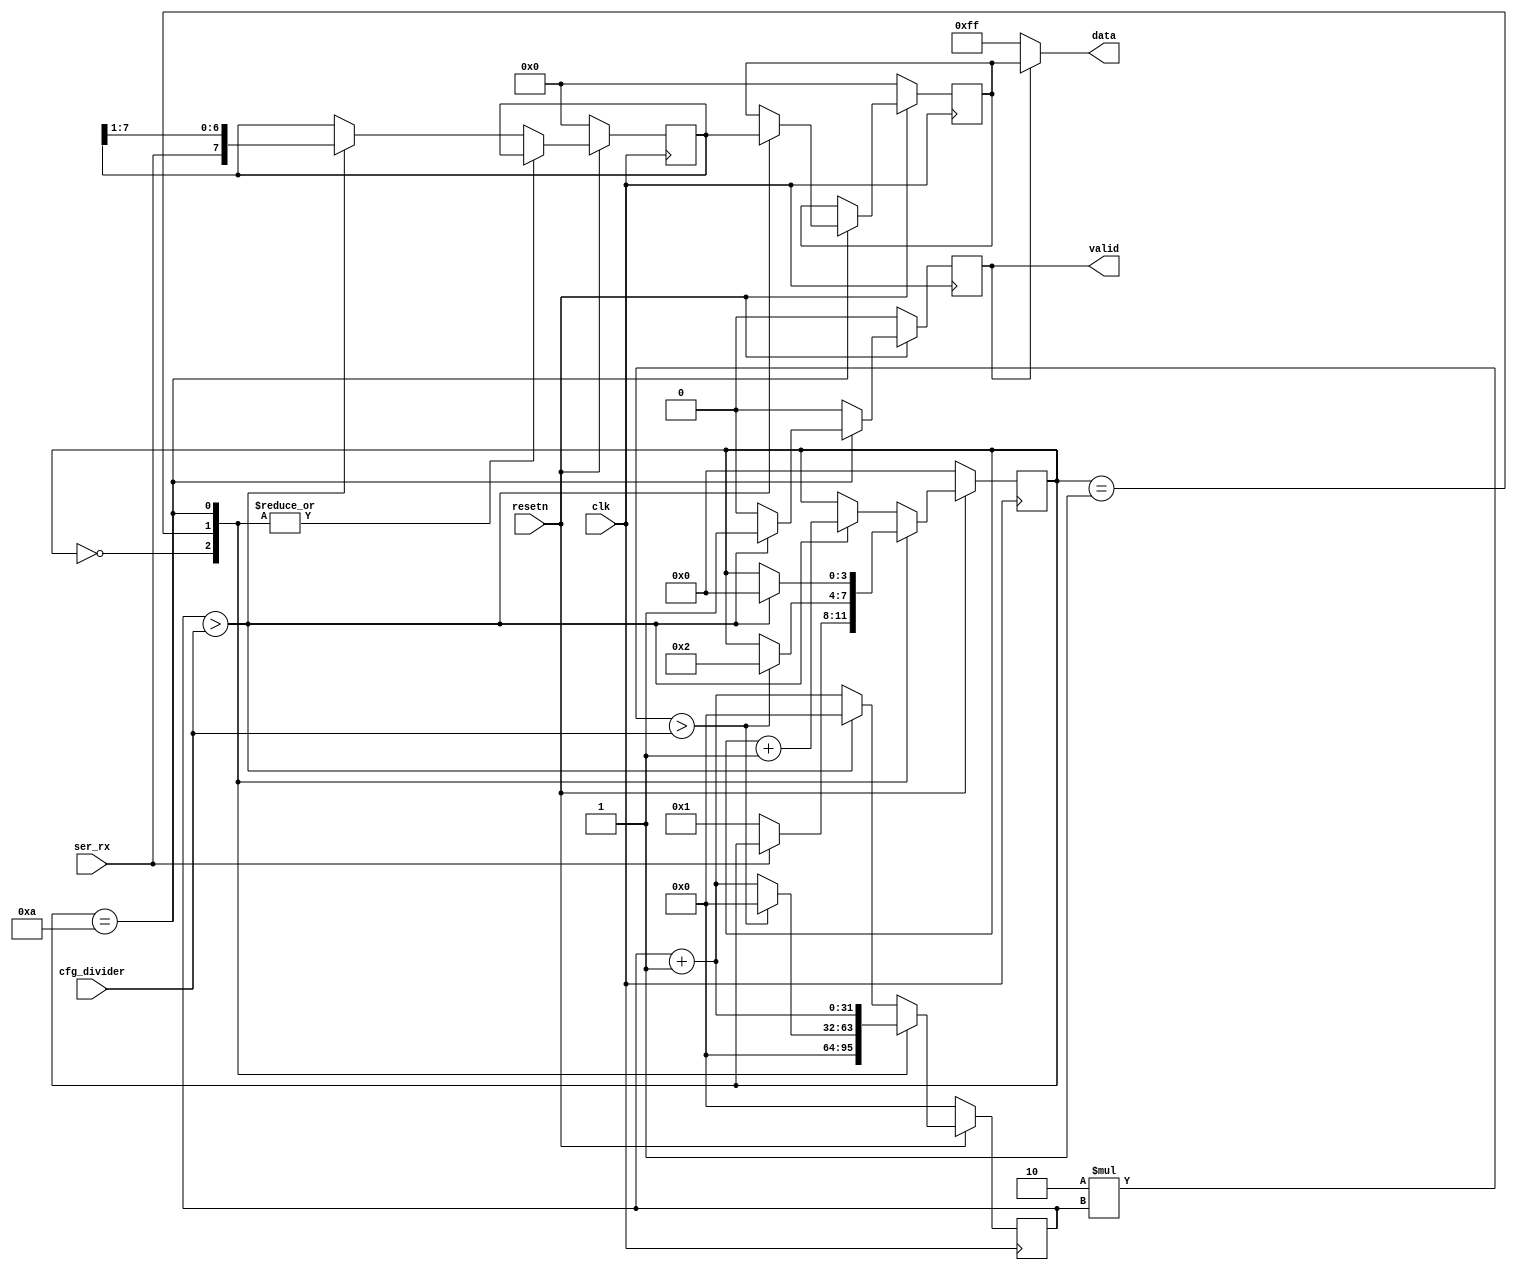
/*
 *  PicoSoC - A simple example SoC using PicoRV32
 *
 *  Copyright (C) 2017  Clifford Wolf <clifford@clifford.at>
 *
 *  Permission to use, copy, modify, and/or distribute this software for any
 *  purpose with or without fee is hereby granted, provided that the above
 *  copyright notice and this permission notice appear in all copies.
 *
 *  THE SOFTWARE IS PROVIDED "AS IS" AND THE AUTHOR DISCLAIMS ALL WARRANTIES
 *  WITH REGARD TO THIS SOFTWARE INCLUDING ALL IMPLIED WARRANTIES OF
 *  MERCHANTABILITY AND FITNESS. IN NO EVENT SHALL THE AUTHOR BE LIABLE FOR
 *  ANY SPECIAL, DIRECT, INDIRECT, OR CONSEQUENTIAL DAMAGES OR ANY DAMAGES
 *  WHATSOEVER RESULTING FROM LOSS OF USE, DATA OR PROFITS, WHETHER IN AN
 *  ACTION OF CONTRACT, NEGLIGENCE OR OTHER TORTIOUS ACTION, ARISING OUT OF
 *  OR IN CONNECTION WITH THE USE OR PERFORMANCE OF THIS SOFTWARE.
 *
 */

module uart_rx (
	input clk,
	input resetn,

	input  ser_rx,

	input  [31:0] cfg_divider,

	output [7:0]  data,
	output 	reg   valid
);

	reg [3:0] recv_state;
	reg [31:0] recv_divcnt;
	reg [7:0] recv_pattern;
	reg [7:0] recv_buf_data;

	assign data = valid ? recv_buf_data : ~0;

	always @(posedge clk) begin
		if (!resetn) begin
			recv_state <= 0;
			recv_divcnt <= 0;
			recv_pattern <= 0;
			recv_buf_data <= 0;
			valid <= 0;			
		end else begin
			recv_divcnt <= recv_divcnt + 1;
			
			valid <= 0;

			case (recv_state)
				0: begin
					if (!ser_rx)
						recv_state <= 1;
					recv_divcnt <= 0;
				end
				1: begin
					if (2*recv_divcnt > cfg_divider) begin
						recv_state <= 2;
						recv_divcnt <= 0;
					end
				end
				10: begin
					if (recv_divcnt > cfg_divider) begin
						recv_buf_data <= recv_pattern;
						valid <= 1;
						recv_state <= 0;
					end
				end
				default: begin
					if (recv_divcnt > cfg_divider) begin
						recv_pattern <= {ser_rx, recv_pattern[7:1]};
						recv_state <= recv_state + 1;
						recv_divcnt <= 0;
					end
				end
			endcase
		end
	end
endmodule